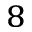
^ 8